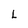
Character: L